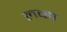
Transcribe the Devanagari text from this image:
लव्हा